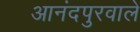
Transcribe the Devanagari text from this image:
आनंदपुरवाले